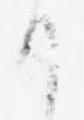
日